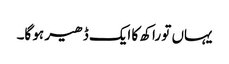
یہاں تو راکھ کا ایک ڈھیر ہو گا۔